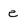
Character: e